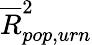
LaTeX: \overline{{R}}_{pop,urn}^{2}